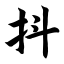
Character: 抖